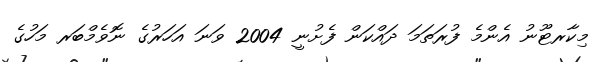
މިކާރޓޫނު އެންމެ ފުރަތަމަ ދައްކަން ފެށުނީ 2004 ވަނަ އަހަރުގެ ނޮވެމްބަރ މަހުގެ